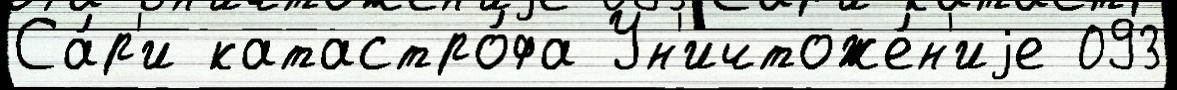
Са́р'и катастро́фа Ун'ичтоже́н'иjе 093